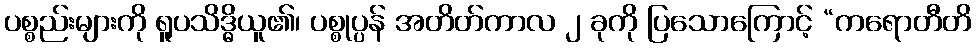
ပစ္စည်းများကို ရူပသိဒ္ဓိယူ၏၊ ပစ္စုပ္ပန် အတိတ်ကာလ ၂ ခုကို ပြသောကြောင့် “ကရောတီတိ